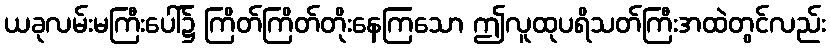
ယခုလမ်းမကြီးပေါ်၌ ကြိတ်ကြိတ်တိုးနေကြသော ဤလူထုပရိသတ်ကြီးအထဲတွင်လည်း